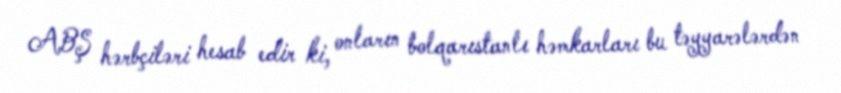
ABŞ hərbçiləri hesab edir ki, onların bolqarıstanlı həmkarları bu təyyarələrdən